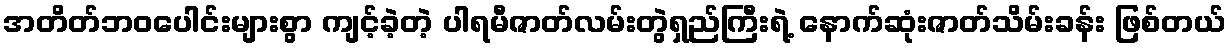
အတိတ်ဘဝပေါင်းများစွာ ကျင့်ခဲ့တဲ့ ပါရမီဇာတ်လမ်းတွဲရှည်ကြီးရဲ့ နောက်ဆုံးဇာတ်သိမ်းခန်း ဖြစ်တယ်